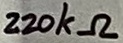
Text: 220kΩ